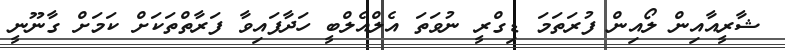
ޝާރީއާއިން ލޯއިން ފުރަތަމަ ޑިގްރީ ނުވަތަ އެލްއެލްބީ ހަދާފައިވާ ފަރާތްތަކަށް ކަމަށް ގާނޫނީ